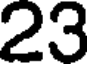
23